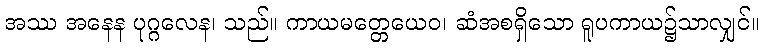
အဿ အနေန ပုဂ္ဂလေန၊ သည်။ ကာယမတ္တေယေဝ၊ ဆံအစရှိသော ရူပကာယ၌သာလျှင်။